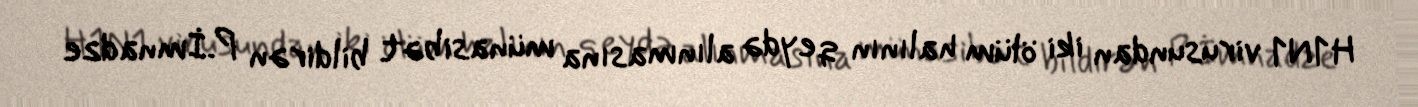
H1N1 virusundan iki ölüm halının qeydə alınmasına münasibət bildirən P.İmnadze